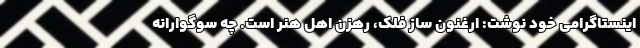
اینستاگرامی خود نوشت: ارغنون ساز فلک، رهزن اهل هنر است. چه سوگوارانه